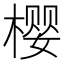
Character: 樱